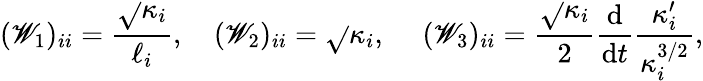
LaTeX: (\mathscr{W}_{1})_{ii}=\frac{{\sqrt{}{{\kappa_{i}}}}}{{\ell_{i}}},\ \ \ \ (\mathscr{W}_{2})_{ii}=\sqrt{}{{\kappa_{i}}},\ \ \ \ \ (\mathscr{W}_{3})_{ii}=\frac{{\sqrt{}{{\kappa_{i}}}}}{{2}}\frac{{\mathrm{{d}}}}{{\mathrm{{d}}t}}\frac{{\kappa_{i}^{\prime}}}{{\kappa_{i}^{3/2}}},